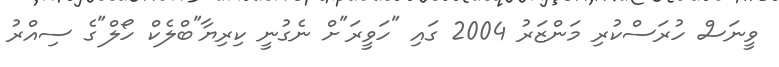
ވީނަސް ހުރަސްކުރި މަންޒަރު 2004 ގައި "ހަވީރަ"ށް ނެގުނީ ކިރިޔާ"ބްލެކް ހޯލް"ގެ ސިއްރު